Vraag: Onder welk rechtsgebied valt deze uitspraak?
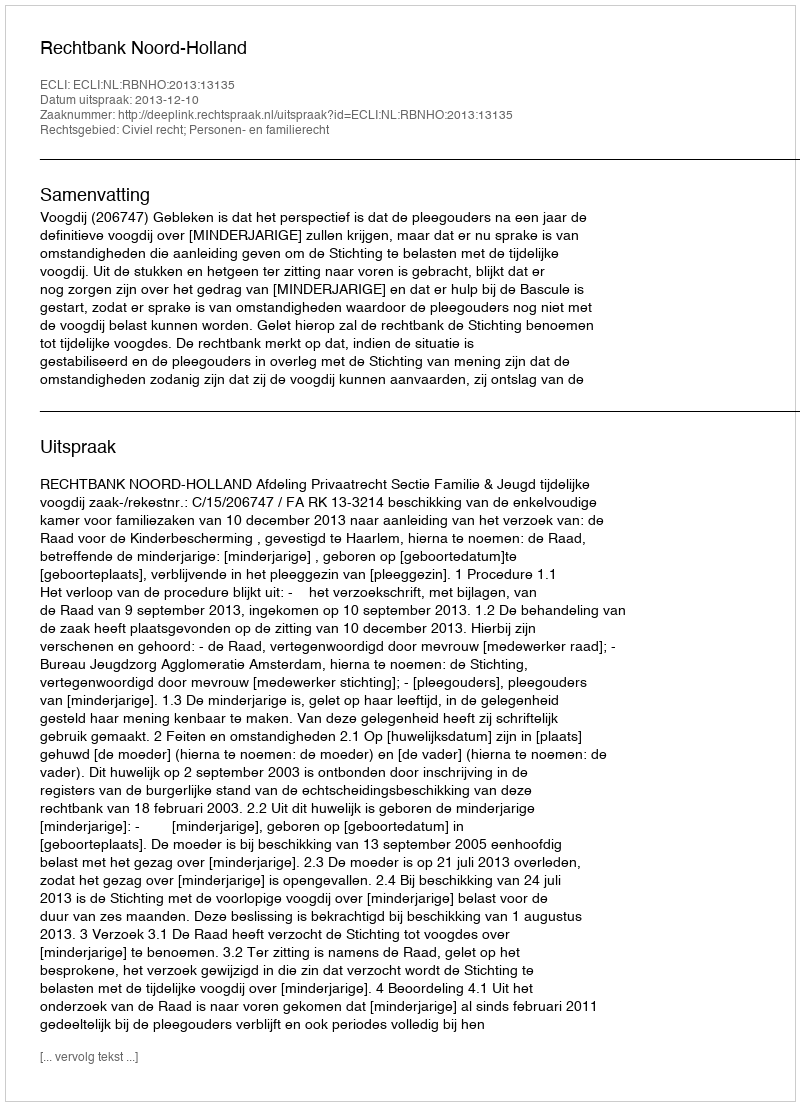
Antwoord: Civiel recht; Personen- en familierecht